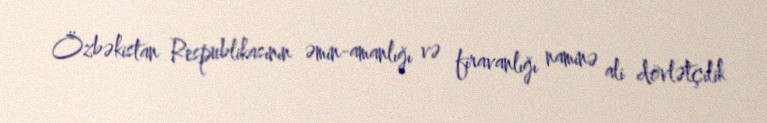
Özbəkistan Respublikasının əmin-amanlığı və firavanlığı naminə ali dövlətçilik